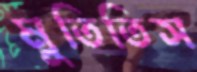
মুতিতিস